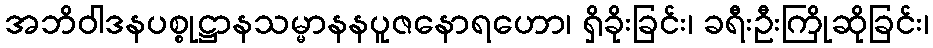
အဘိဝါဒနပစ္စုဋ္ဌာနသမ္မာနနပူဇနောရဟော၊ ရှိခိုးခြင်း၊ ခရီးဦးကြိုဆိုခြင်း၊